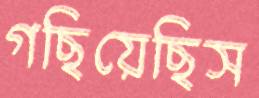
গছিয়েছিস